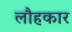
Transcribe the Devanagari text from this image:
लौहकार